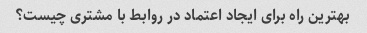
بهترین راه برای ایجاد اعتماد در روابط با مشتری چیست؟